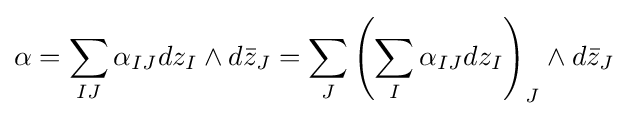
\alpha =\sum _{IJ}\alpha _{IJ}dz_{I}\wedge d{\bar {z}}_{J}=\sum _{J}\left(\sum _{I}\alpha _{IJ}dz_{I}\right)_{J}\wedge d{\bar {z}}_{J}